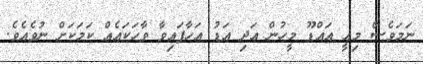
ނަމަވެސް މިއީ އައްޑޫ މީހުން އަދި އަޑު އަހާފައިވާ ވާހަކައެއް ކަމަކަށް ނުވެއެވެ.